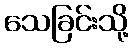
သေခြင်းသို့